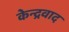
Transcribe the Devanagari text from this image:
केन्द्रवाद